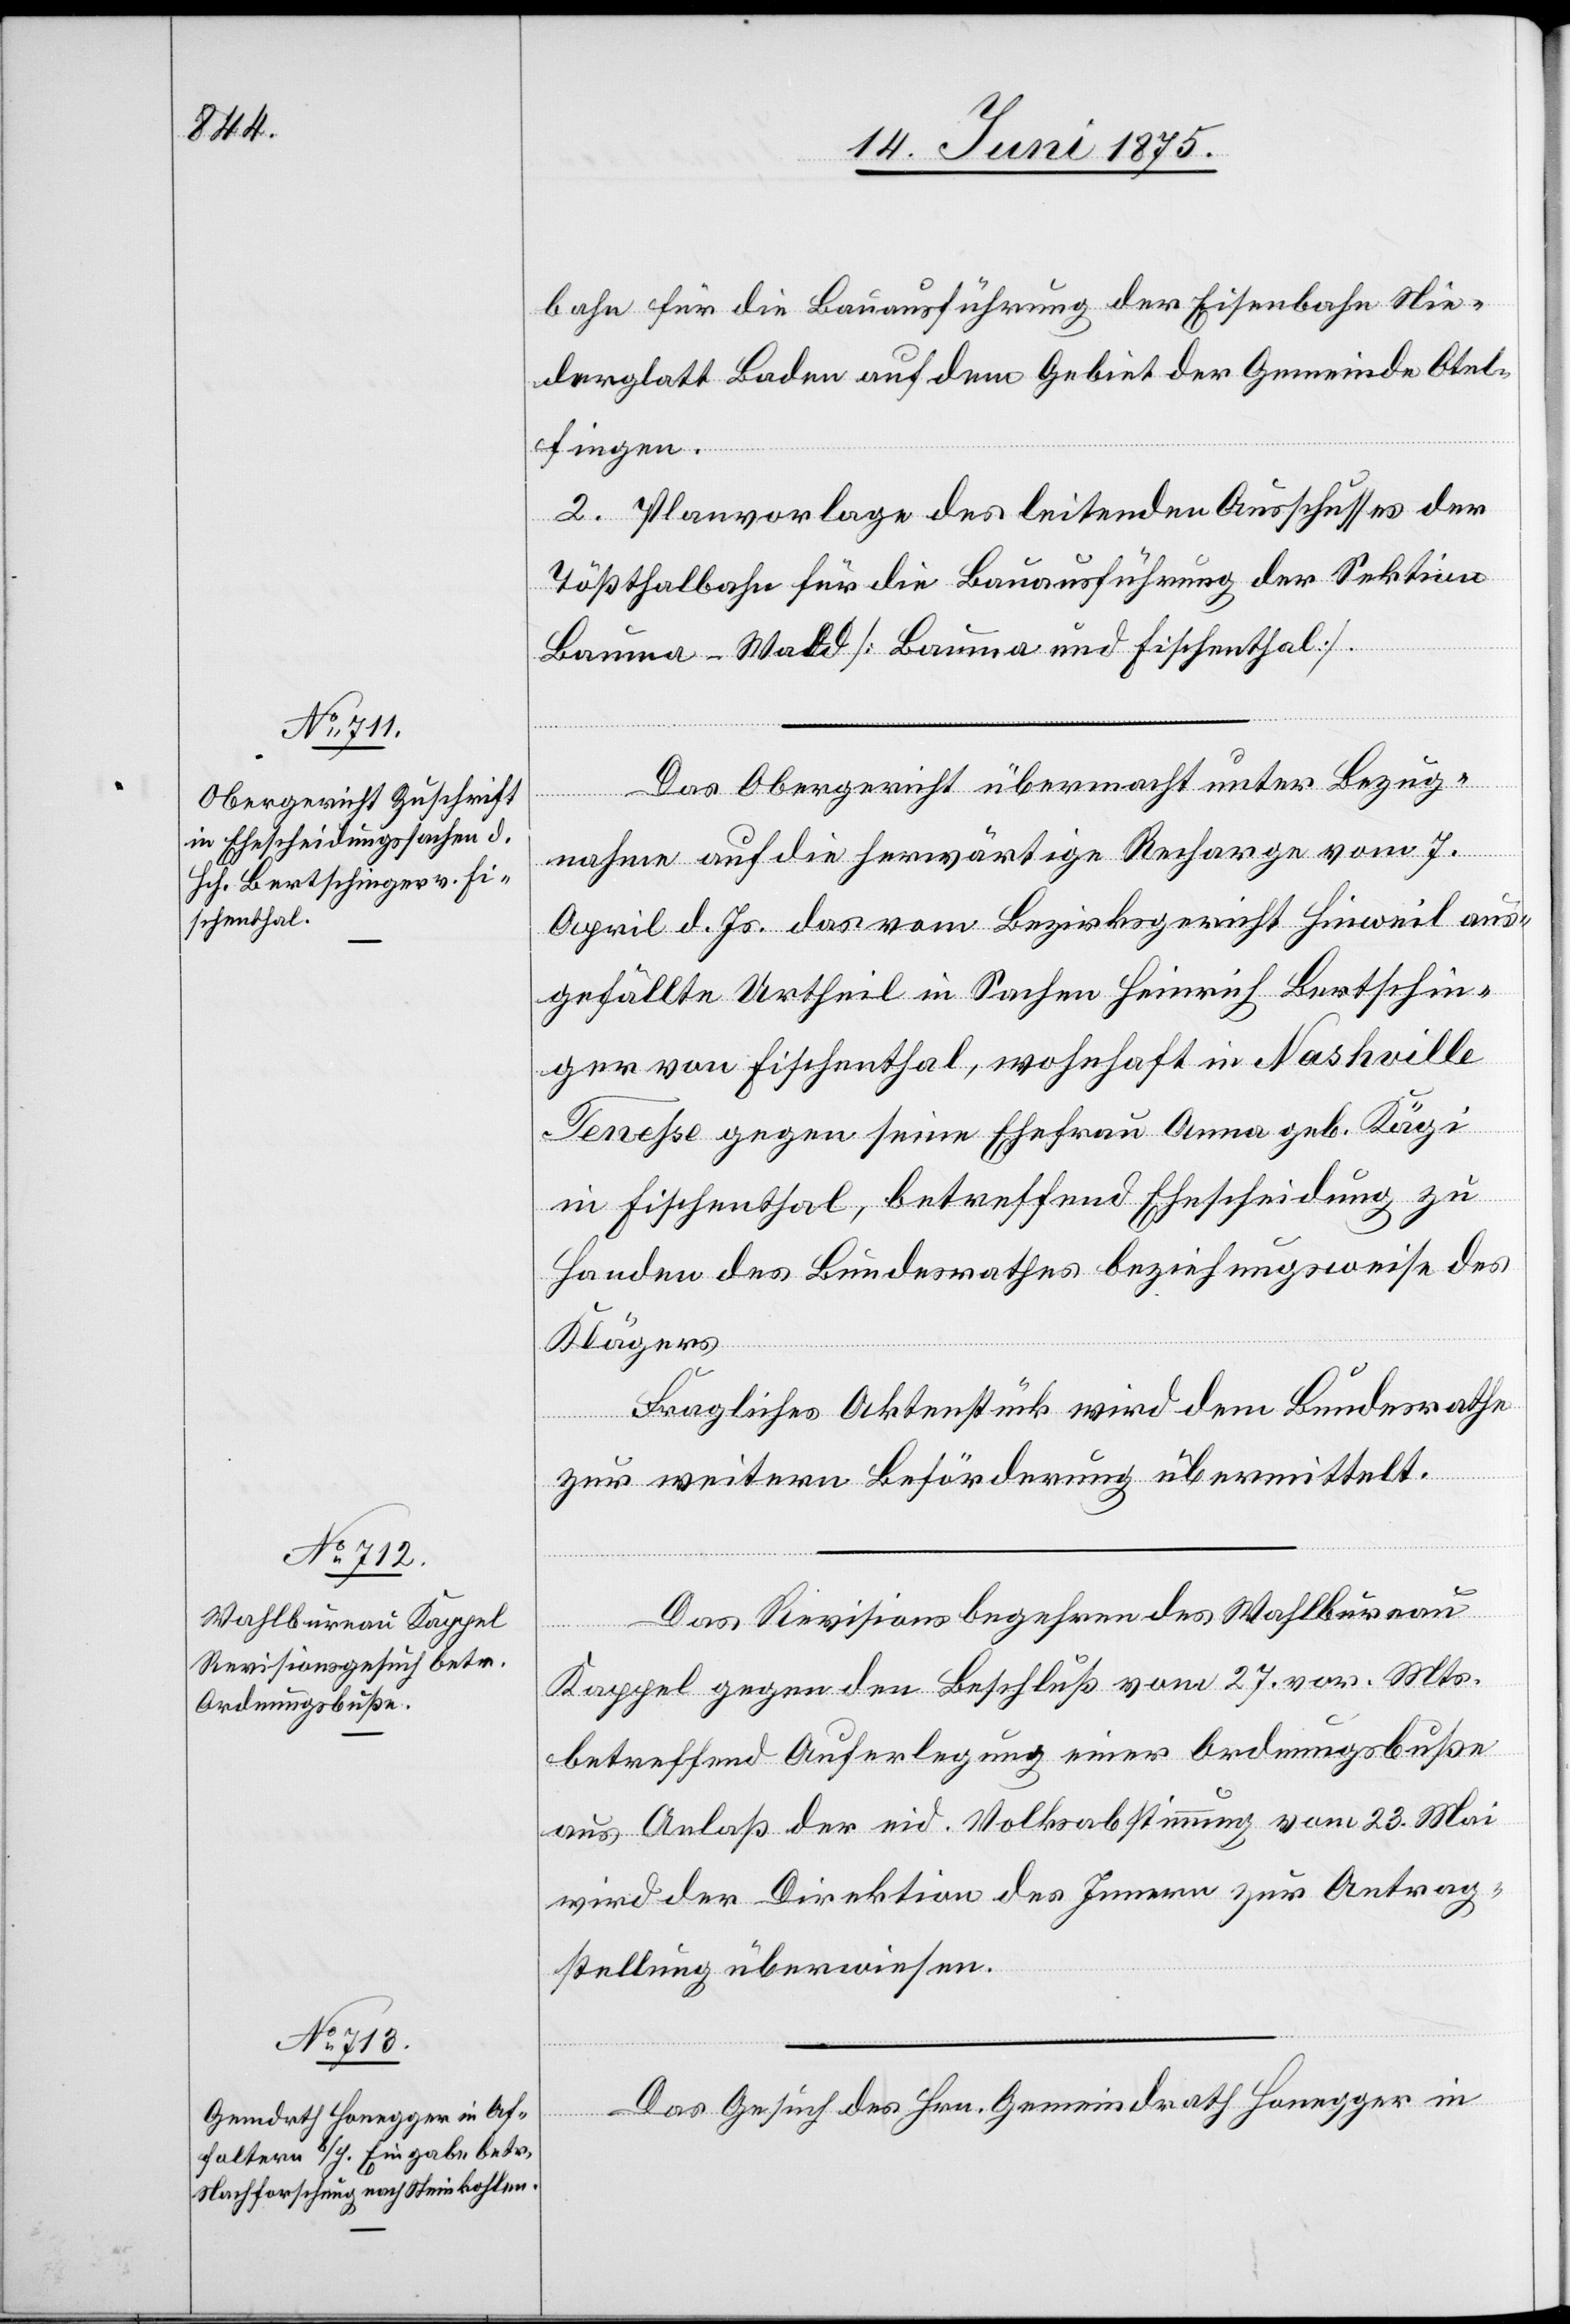
14. Juni 1875.]
bahn für die Bauausführung der Eisenbahn Nie¬
derglatt[–]Baden auf dem Gebiet der Gemeinde Otel¬
fingen.
2. Planvorlage des leitenden Ausschusses der
Tößthalbahn für die Bauausführung der Sektion
Bauma–Wald [Bauma und Fischenthal].
Das Obergericht übermacht unter Bezug¬
nahme auf die herwärtige Recharge vom 7.
April d. Js. das vom Bezirksgericht Hinweil aus¬
gefällte Urtheil in Sachen Heinrich Bertschin¬
gers von Fischenthal, wohnhaft in Nashville
Teneße gegen seine Ehefrau Anna geb. Kägi
in Fischenthal, betreffend Ehescheidung zu
Handen des Bundesrathes beziehungsweise des
Klägers.
Fragliches Aktenstück wird dem Bundesrathe
zur weitern Beförderung übermittelt.
Das Revisionsbegehren des Wahlbureau
Kappel gegen den Beschluß vom 27. vor. Mts.
betreffend Auferlegung einer Ordnungsbuße
aus Anlaß der eid. Volkabstimmung vom 23. Mai
wird der Direktion des Innern zur Antrag¬
stellung überwiesen.
Das Gesuch des Hrn. Gemeindrath Honegger in